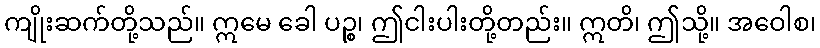
ကျိုးဆက်တို့သည်။ ဣမေ ခေါ ပဉ္စ၊ ဤငါးပါးတို့တည်း။ ဣတိ၊ ဤသို့။ အဝေါစ၊